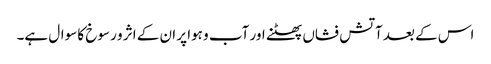
اس کے بعد آتش فشاں پھٹنے اور آب و ہوا پر ان کے اثر و رسوخ کا سوال ہے۔